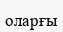
оларғы